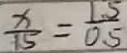
\frac { x } { 1 5 } = \frac { 1 . 5 } { 0 . 5 }